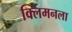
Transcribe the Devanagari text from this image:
क्लिमनला